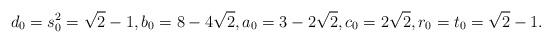
LaTeX: \begin{align*}d_0 =s_0^2=\sqrt 2 - 1, b_0=8-4 \sqrt 2, a_0=3-2\sqrt 2, c_0=2 \sqrt 2, r_0 =t_0=\sqrt 2 - 1.\end{align*}